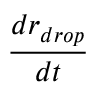
\frac { d r _ { d r o p } } { d t }